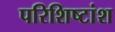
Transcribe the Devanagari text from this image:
परिशिष्टांश